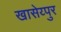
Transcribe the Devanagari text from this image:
खासेय्पुर